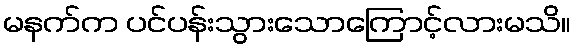
မနက်က ပင်ပန်းသွားသောကြောင့်လားမသိ။